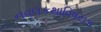
નવલકથાવિષયક